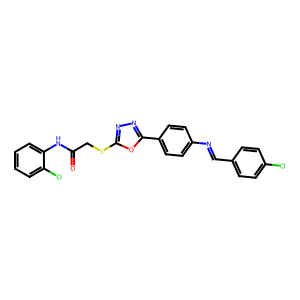
SMILES: O=C(CSc1nnc(-c2ccc(N=Cc3ccc(Cl)cc3)cc2)o1)Nc1ccccc1Cl
Inhibits HIV replication: No